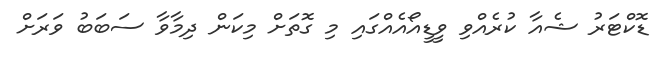
ޑޮކްޓަރު ޝެއާ ކުރެއްވި ވީޑީއޯއެއްގައި މި ގޮތަށް މިކަން ދިމާވާ ސަބަބު ވަރަށް